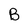
Character: B